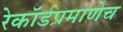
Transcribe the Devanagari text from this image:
रेकॉर्डप्रमाणेच